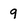
Character: 9